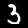
Label: 3